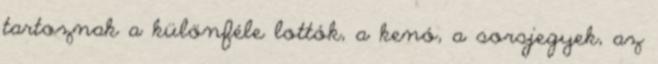
tartoznak a különféle lottók, a kenó, a sorsjegyek, az